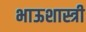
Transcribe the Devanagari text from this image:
भाऊशास्त्री